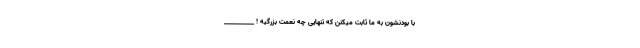
با بودنشون به ما ثابت میکنن که تنهایی چه نعمت بزرگیه ! __________